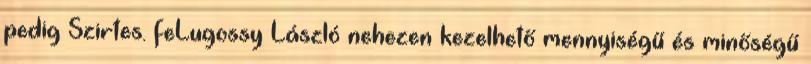
pedig Szirtes. feLugossy László nehezen kezelhető mennyiségű és minőségű